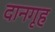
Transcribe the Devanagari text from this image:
दानगृह